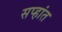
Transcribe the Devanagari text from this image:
सप्हांत